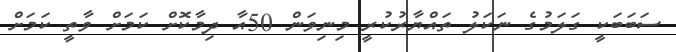
ސަބަބަކީ ގަލަމުގެ ނަކަލު ތައްޔާރުކުރީ މިނިވަން 50އާ ދިމާކޮށް ކަމަށް ވާތީ ކަމަށް